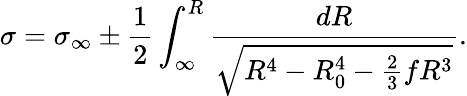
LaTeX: \sigma=\sigma_{\infty}\pm\frac{1}{2}\int_{\infty}^{R}\frac{dR}{\sqrt{R^{4}-R_{0}^{4}-\frac{2}{3}fR^{3}}}.